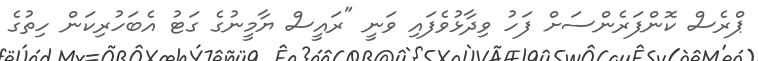
ޕްރެސް ކޮންފަރެންސަށް ފަހު ވިދާޅުވެފައި ވަނީ "ރައީސް ޔާމީނުގެ ގަޓު އެބަހުރިކަން ހިތުގެ